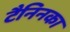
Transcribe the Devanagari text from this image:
टैनिनका